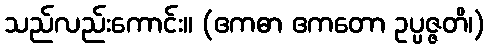
သည်လည်းကောင်း။ (ဧကဓာ ဧကတော ဥပ္ပဇ္ဇတိ၊)